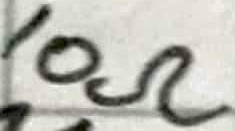
Text: 10Ω